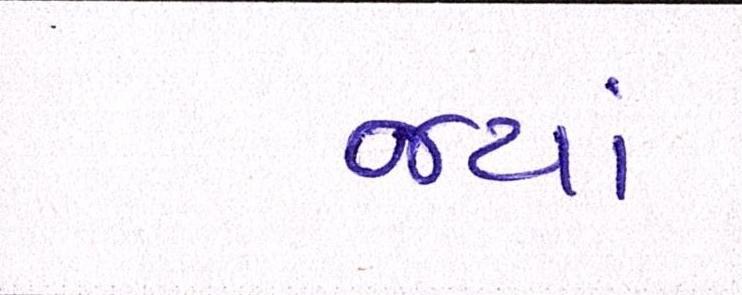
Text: જ્યાં